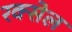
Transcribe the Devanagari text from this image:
रक्सेल